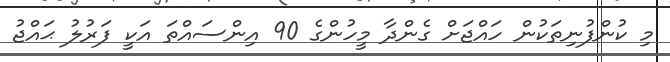
މި ކުންފުނިތަކުން ހައްޖަށް ގެންދާ މީހުންގެ 90 އިންސައްތަ އަކީ ފަރުލު ޙައްޖު